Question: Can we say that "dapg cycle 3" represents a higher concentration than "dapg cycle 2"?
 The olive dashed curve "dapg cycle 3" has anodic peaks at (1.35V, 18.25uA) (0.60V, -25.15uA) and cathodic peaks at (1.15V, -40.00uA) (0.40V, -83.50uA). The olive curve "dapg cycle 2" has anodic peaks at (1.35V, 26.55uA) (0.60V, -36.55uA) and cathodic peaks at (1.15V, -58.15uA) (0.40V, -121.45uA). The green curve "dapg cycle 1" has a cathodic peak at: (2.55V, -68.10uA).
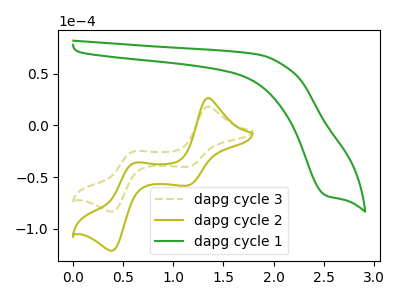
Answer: <think>All the peaks in "dapg cycle 3" have a peak in "dapg cycle 2" at the same potential.
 </think>
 <answer>I cant tell if "dapg cycle 3" or "dapg cycle 2" has higher concentration.</answer>
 <eval>mixed_concentration</eval>